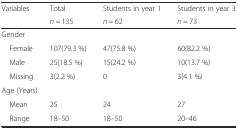
| Variables | Total | Students in year 1 | Students in year 3 |
 |  | n = 135 | n = 62 | n = 73 |
 | --- | --- | --- | --- |
 | <COLSPAN=4> Gender |
 | Female | 107(79.3 %) | 47(75.8 %) | 60(82.2 %) |
 | Male | 25(18.5 %) | 15(24.2 %) | 10(13.7 %) |
 | Missing | 3(2.2 %) | 0 | 3(4.1 %) |
 | <COLSPAN=4> Age (Years) |
 | Mean | 25 | 24 | 27 |
 | Range | 18–50 | 18–50 | 20–46 |